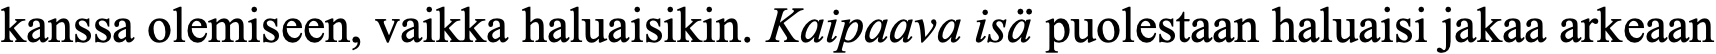
kanssa olemiseen, vaikka haluaisikin. Kaipaava isä puolestaan haluaisi jakaa arkeaan